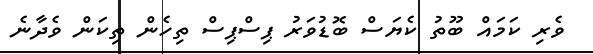
ވެރި ކަމައް ބޫތު ކެޔަސް ބޮޑުވަރު ޕިސްޕިސް ތިހެން ތިކަން ވެދާނެ